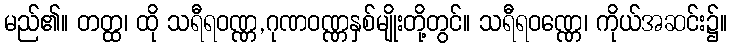
မည်၏။ တတ္ထ၊ ထို သရီရဝဏ္ဏ,ဂုဏဝဏ္ဏနှစ်မျိုးတို့တွင်။ သရီရဝဏ္ဏေ၊ ကိုယ်အဆင်း၌။